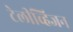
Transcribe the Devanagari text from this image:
टेलीव्हिजन